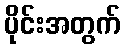
ပိုင်းအတွက်